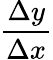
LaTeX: \frac{\Delta y}{\Delta x}